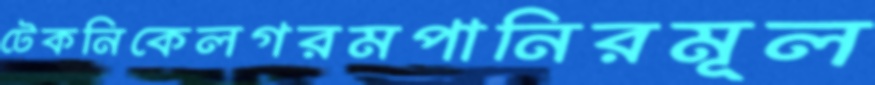
টেকনিকেলগরমপানিরমূল